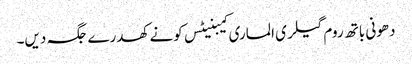
دھونی باتھ روم گیلری الماری کیبنیٹس کونے کھدرے جگہ دیں۔